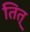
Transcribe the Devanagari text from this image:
तित्